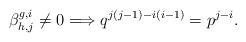
LaTeX: \begin{align*}\beta^{g,i}_{h,j}\ne 0 \Longrightarrow q^{j(j-1)-i(i-1)} = p^{j-i}.\end{align*}